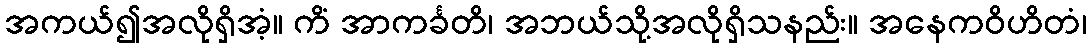
အကယ်၍အလိုရှိအံ့။ ကိံ အာကင်္ခတိ၊ အဘယ်သို့အလိုရှိသနည်း။ အနေကဝိဟိတံ၊